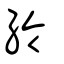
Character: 紷